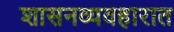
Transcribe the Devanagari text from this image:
शासनव्यवहारात